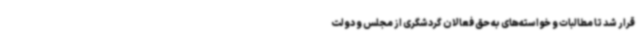
قرار شد تا مطالبات و خواسته‌های به حق فعالان گردشگری از مجلس و دولت